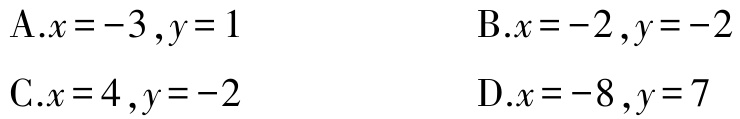
A.$x = -3 ,y = 1$  B.$x = -2 ,y = -2$

C.$x = 4 ,y = -2$  D.$x = -8 ,y = 7$